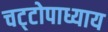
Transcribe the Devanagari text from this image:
चट्‌टोपाध्याय